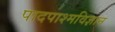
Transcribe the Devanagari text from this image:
पादपाश्मविज्ञान